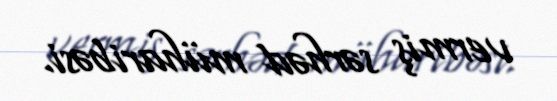
vermiş sərhəd müharibəsi.